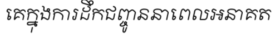
គេក្នុងការដឹកជញ្ចូននាពេលអនាគត